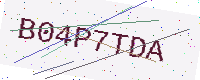
Text: B04P7TDA